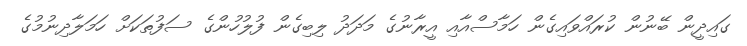
ގައިދީން ބޭނުން ކުރައްވައިގެން ހަމާސްއާއި އީރާނުގެ މަދަދު ލިބިގެން ފުލުހުންގެ ސަފުތަކަށް ހަމަލާދިނުމުގެ